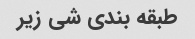
طبقه بندی شی زیر